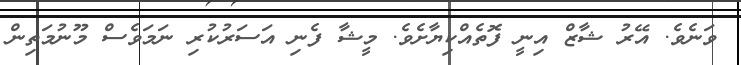
ވަނެވެ. އޭރު ޝާޒް އިނީ ފޮތެއްކިޔާށެެވެ. މީޝާ ފެނި އަސަރުކުރި ނަމަވެސް މޫނުމަތިން